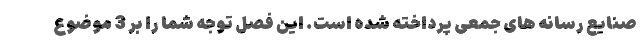
صنایع رسانه های جمعی پرداخته شده است. این فصل توجه شما را بر 3 موضوع